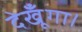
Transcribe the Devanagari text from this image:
देखूँगा।